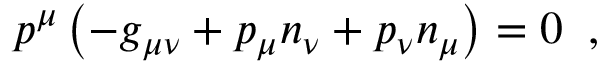
p ^ { \mu } \left( - g _ { \mu \nu } + p _ { \mu } n _ { \nu } + p _ { \nu } n _ { \mu } \right) = 0 \; \; ,